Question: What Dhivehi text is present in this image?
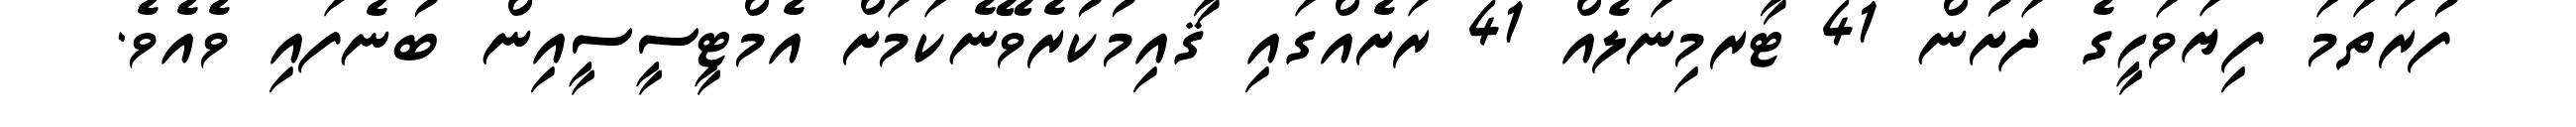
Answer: ފުރަތަމަ ފިޔަވަހީގެ ދަށުން 41 ޓާރމިނަލެއް 41 ރަށެއްގައި ޤާއިމުކުރެވޭނެކަމަށް އެމްޓީސީސީއިން ބުނެފައި ވެއެވެ.